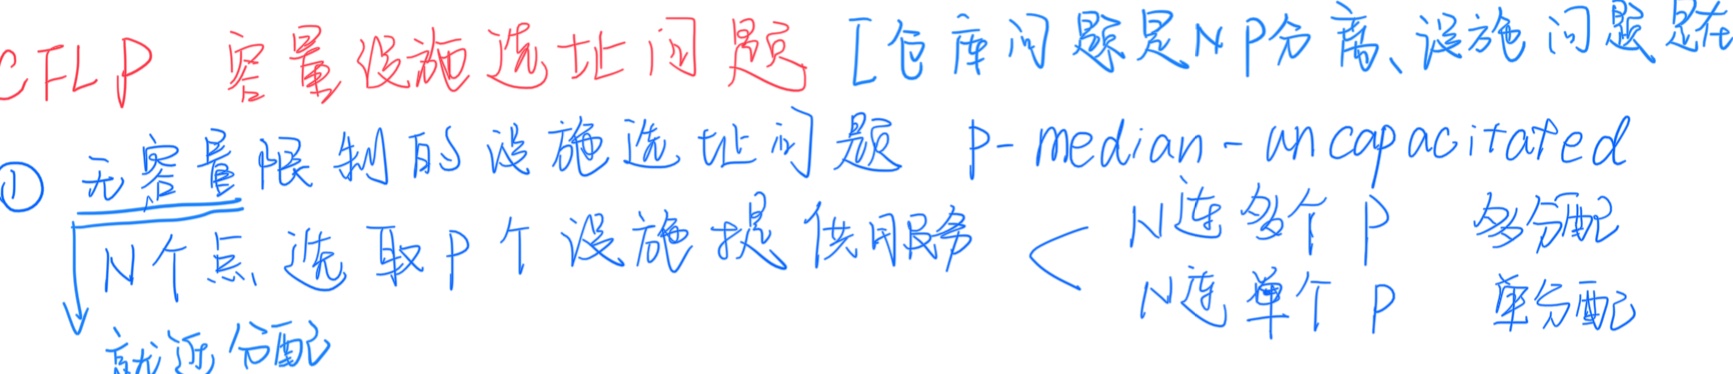
CFLP 容量设施选址问题 [仓库问题是 NP - 完备、设施问题是
\textcircled{1} 无容量限制的设施选址问题 \(P -\)median - uncapacitated
\(N\) 个点选取 \(P\) 个设施提供服务 < \(N\) 选多个 \(P\) 多分配 \(N\) 选单个 \(P\) 单分配就近分配